Report on vaccination in Madras 1904-1921 - 1904-1921
Year: 1904
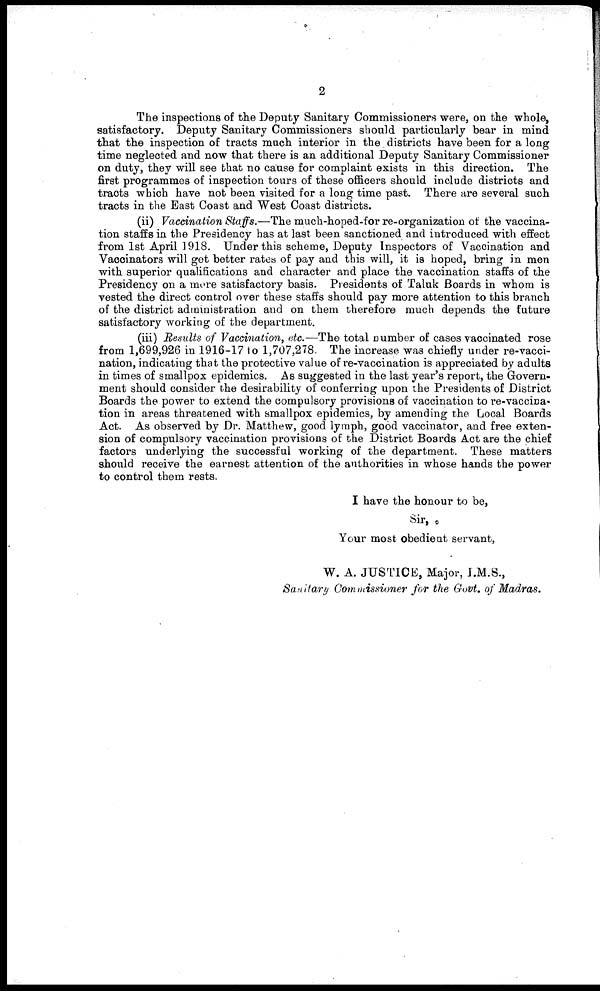
2
The inspections of the Deputy Sanitary Commissioners were, on the whole,
satisfactory. Deputy Sanitary Commissioners should particularly bear in mind
that the inspection of tracts much interior in the districts have been for a long
time neglected and now that there is an additional Deputy Sanitary Commissioner
on duty, they will see that no cause for complaint exists in this direction. The
first programmes of inspection tours of these officers should include districts and
tracts which have not been visited for a long time past. There are several such
tracts in the East Coast and West Coast districts.
(ii) Vaccination Staffs.—The much-hoped-for re-organization of the vaccina-
tion staffs in the Presidency has at last been sanctioned and introduced with effect
from 1st April 1918. Under this scheme, Deputy Inspectors of Vaccination and
Vaccinators will get better rates of pay and this will, it is hoped, bring in men
with superior qualifications and character and place the vaccination staffs of the
Presidency on a more satisfactory basis. Presidents of Taluk Boards in whom is
vested the direct control over these staffs should pay more attention to this branch
of the district administration and on them therefore much depends the future
satisfactory working of the department.
(iii) Results of Vaccination, etc.—The total number of cases vaccinated rose
from 1,699,926 in 1916-17 to 1,707,278. The increase was chiefly under re-vacci-
nation, indicating that the protective value of re-vaccination is appreciated by adults
in times of smallpox epidemics. As suggested in the last year's report, the Govern-
ment should consider the desirability of conferring upon the Presidents of District
Boards the power to extend the compulsory provisions of vaccination to re-vaccina-
tion in areas threatened with smallpox epidemics, by amending the Local Boards
Act. As observed by Dr. Matthew, good lymph, good vaccinator, and free exten-
sion of compulsory vaccination provisions of the District Boards Act are the chief
factors underlying the successful working of the department. These matters
should receive the earnest attention of the authorities in whose hands the power
to control them rests.
I have the honour to be,
Sir,
Your most obedient servant,
W. A. JUSTICE, Major, I.M.S.,
Sanitary Commissioner for the Govt. of Madras.